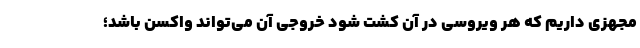
مجهزی داریم که هر ویروسی در آن کشت شود خروجی آن می‌تواند واکسن باشد؛